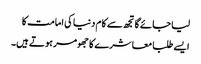
لیا جائے گا تجھ سے کام دنیا کی امامت کا
ایسے طلبا معاشرے کا جھومر ہوتے ہیں۔